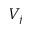
V _ { j }